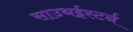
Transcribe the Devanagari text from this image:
साउथईस्टर्न